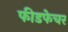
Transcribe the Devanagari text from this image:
फीडफेचर